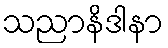
သညာနိဒါနာ